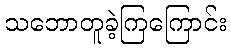
သဘောတူခဲ့ကြကြောင်း